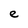
Character: e